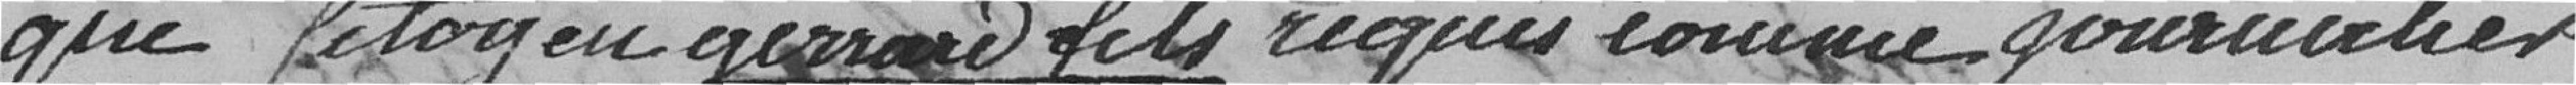
que citoyen Gérard fils requis comme journalier